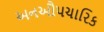
અનઔપચારિક